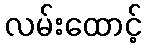
လမ်းထောင့်